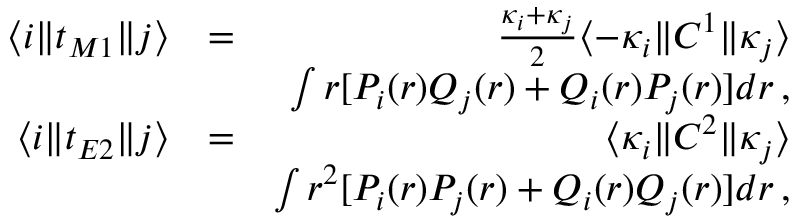
\begin{array} { r l r } { \langle i \| t _ { M 1 } \| j \rangle } & { = } & { \frac { \kappa _ { i } + \kappa _ { j } } { 2 } \langle - \kappa _ { i } \| C ^ { 1 } \| \kappa _ { j } \rangle } \\ & { } & { \int r [ P _ { i } ( r ) Q _ { j } ( r ) + Q _ { i } ( r ) P _ { j } ( r ) ] d r \, , } \\ { \langle i \| t _ { E 2 } \| j \rangle } & { = } & { \langle \kappa _ { i } \| C ^ { 2 } \| \kappa _ { j } \rangle } \\ & { } & { \int r ^ { 2 } [ P _ { i } ( r ) P _ { j } ( r ) + Q _ { i } ( r ) Q _ { j } ( r ) ] d r \, , } \end{array}